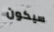
سيكون